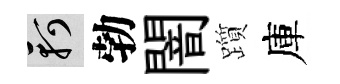
軻勃闇躓庫